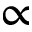
\propto